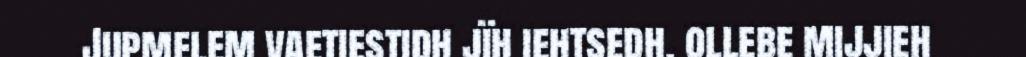
Jupmelem vaetiestidh jïh iehtsedh, ollebe mijjieh